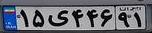
۱۵ی۴۴۶۹۱